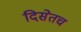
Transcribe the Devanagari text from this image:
दिसेतच